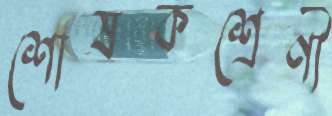
শোষকশ্রেণী